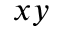
x y